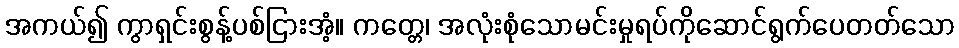
အကယ်၍ ကွာရှင်းစွန့်ပစ်ငြားအံ့။ ကတ္တေ၊ အလုံးစုံသောမင်းမှုရပ်ကိုဆောင်ရွက်ပေတတ်သော